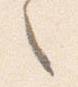
之